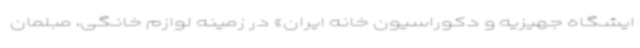
ایشگاه جهیزیه و دکوراسیون خانه ایران» در زمینه‌ لوازم خانگی، مبلمان